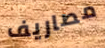
مصاريف